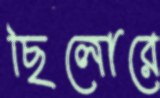
ছিলোরে